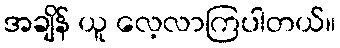
အချိန် ယူ လေ့လာကြပါတယ်။